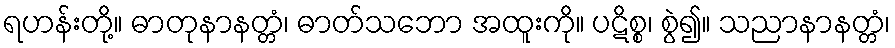
ရဟန်းတို့။ ဓာတုနာနတ္တံ၊ ဓာတ်သဘော အထူးကို။ ပဋိစ္စ၊ စွဲ၍။ သညာနာနတ္တံ၊